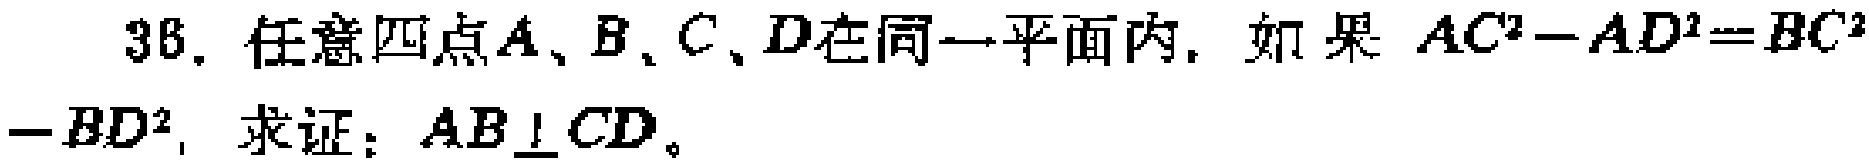
36. 任意四点\(A、B、C、D\)在同一平面内. 如果 \(AC^{2}-AD^{2}=BC^{2}-BD^{2}\)，求证：\(AB\perp CD\)。